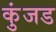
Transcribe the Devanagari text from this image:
कुंजड